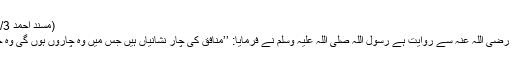
(مسند احمد 135/3-12410)
عبد اللہ بن عمرو رضی اللہ عنہ سے روایت ہے رسول اللہ صلی اللہ علیہ وسلم نے فرمایا: ’’منافق کی چار نشانیاں ہیں جس میں وہ چاروں ہوں گی وہ خالص منافق ہے۔